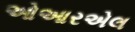
ઓઆરએલ